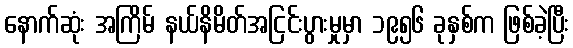
နောက်ဆုံး အကြိမ် နယ်နိမိတ်အငြင်းပွားမှုမှာ ၁၉၅၆ ခုနှစ်က ဖြစ်ခဲ့ပြီး